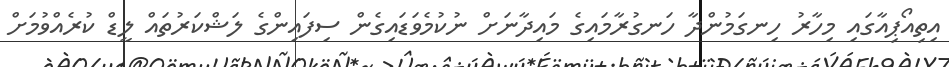
އިތިއޯޕިއާގައި މިހާރު ހިނގަމުންދާ ހަނގުރާމައިގެ މައިދާނަށް ނުކުމެވަޑައިގެން ސިފައިންގެ ލަޝްކަރުތައް ލީޑް ކުރެއްވުމަށް